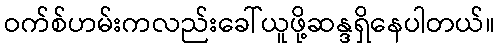
ဝက်စ်ဟမ်းကလည်းခေါ်ယူဖို့ဆန္ဒရှိနေပါတယ်။